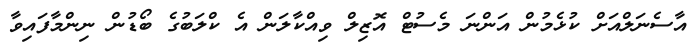
އާސެނަލްއަށް ކުޅެމުން އަންނަ މެސުޓް އޮޒިލް ވިއްކާލަން އެ ކްލަބުގެ ބޯޑުން ނިންމާފައިވާ